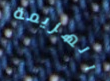
الهزيمة